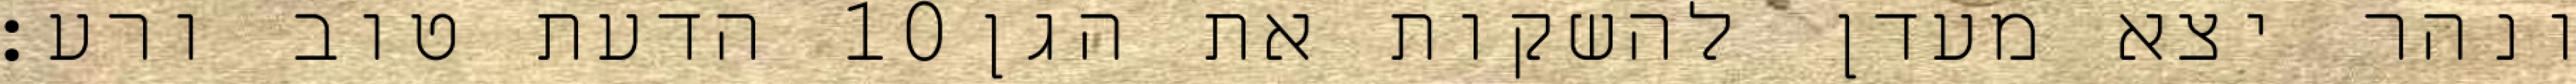
הדעת טוב ורע׃ ‎10‏ ונהר יצא מעדן להשקות את הגן